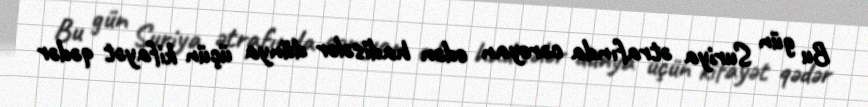
Bu gün Suriya ətrafında cərəyan edən hadisələr dünya üçün kifayət qədər